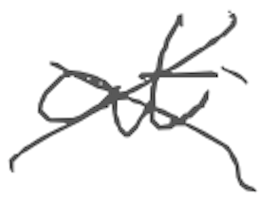
Text: at
Cross-out: cross
Writing tool: digital_gray